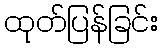
ထုတ်ပြန်ခြင်း